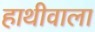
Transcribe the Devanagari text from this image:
हाथीवाला